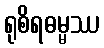
ရုစိရဓမ္မဿ